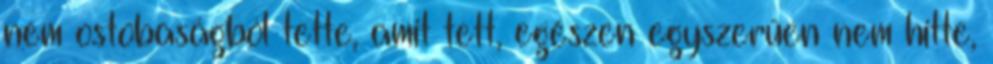
nem ostobaságból tette, amit tett, egészen egyszerűen nem hitte,